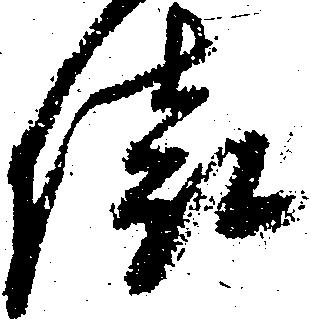
俵